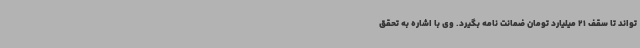
تواند تا سقف 21 میلیارد تومان ضمانت نامه بگیرد. وی با اشاره به تحقق